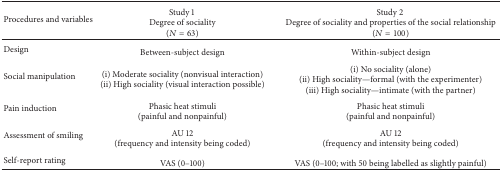
| Procedures and variables | Study 1 Degree of sociality(N = 63) | Study 2 Degree of sociality and properties of the social relationship(N = 100) |
 | --- | --- | --- |
 | Design | Between-subject design | Within-subject design |
 | Social manipulation | (i) Moderate sociality (nonvisual interaction)(ii) High sociality (visual interaction possible) | (i) No sociality (alone)(ii) High sociality—formal (with the experimenter)(iii) High sociality—intimate (with the partner) |
 | Pain induction | Phasic heat stimuli(painful and nonpainful) | Phasic heat stimuli(painful and nonpainful) |
 | Assessment of smiling | AU 12(frequency and intensity being coded) | AU 12(frequency and intensity being coded) |
 | Self-report rating | VAS (0–100) | VAS (0–100; with 50 being labelled as slightly painful) |